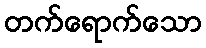
တက်ရောက်သော